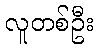
လူတစ်ဦး